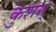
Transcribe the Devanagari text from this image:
कुशस्